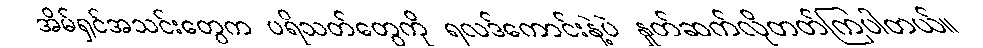
အိမ်ရှင်အသင်းတွေက ပရိသတ်တွေကို ရလဒ်ကောင်းနဲ့ပဲ နှုတ်ဆက်လိုတတ်ကြပါတယ်။